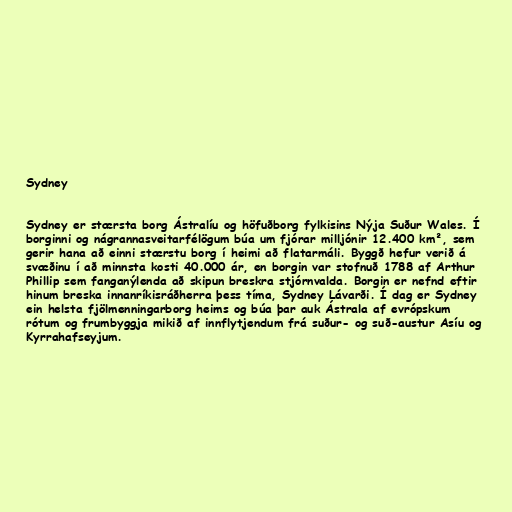
Sydney

Sydney er stærsta borg Ástralíu og höfuðborg fylkisins Nýja Suður Wales. Í
borginni og nágrannasveitarfélögum búa um fjórar milljónir 12.400 km², sem
gerir hana að einni stærstu borg í heimi að flatarmáli. Byggð hefur verið á
svæðinu í að minnsta kosti 40.000 ár, en borgin var stofnuð 1788 af Arthur
Phillip sem fanganýlenda að skipun breskra stjórnvalda. Borgin er nefnd eftir
hinum breska innanríkisráðherra þess tíma, Sydney Lávarði. Í dag er Sydney
ein helsta fjölmenningarborg heims og búa þar auk Ástrala af evrópskum
rótum og frumbyggja mikið af innflytjendum frá suður- og suð-austur Asíu og
Kyrrahafseyjum.